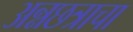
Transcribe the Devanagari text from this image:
अन्नछत्राचा